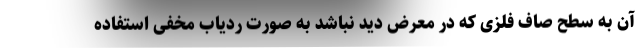
آن به سطح صاف فلزی که در معرض دید نباشد به صورت ردیاب مخفی استفاده